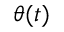
\theta ( t )